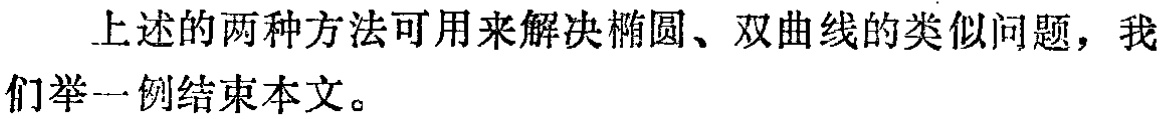
上述的两种方法可用来解决椭圆、双曲线的类似问题，我们举一例结束本文。